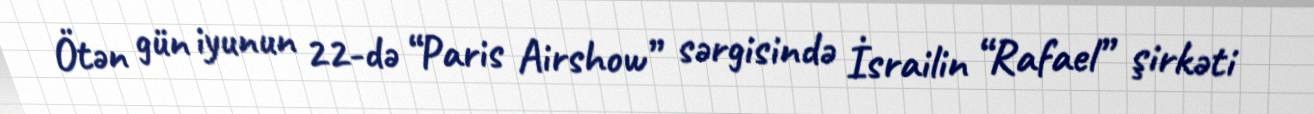
Ötən gün iyunun 22-də “Paris Airshow” sərgisində İsrailin “Rafael” şirkəti